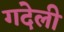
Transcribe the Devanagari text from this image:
गदेली